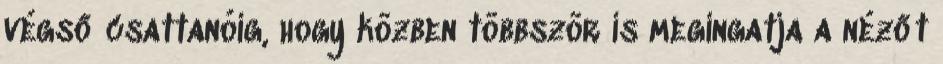
végső csattanóig, hogy közben többször is megingatja a nézőt